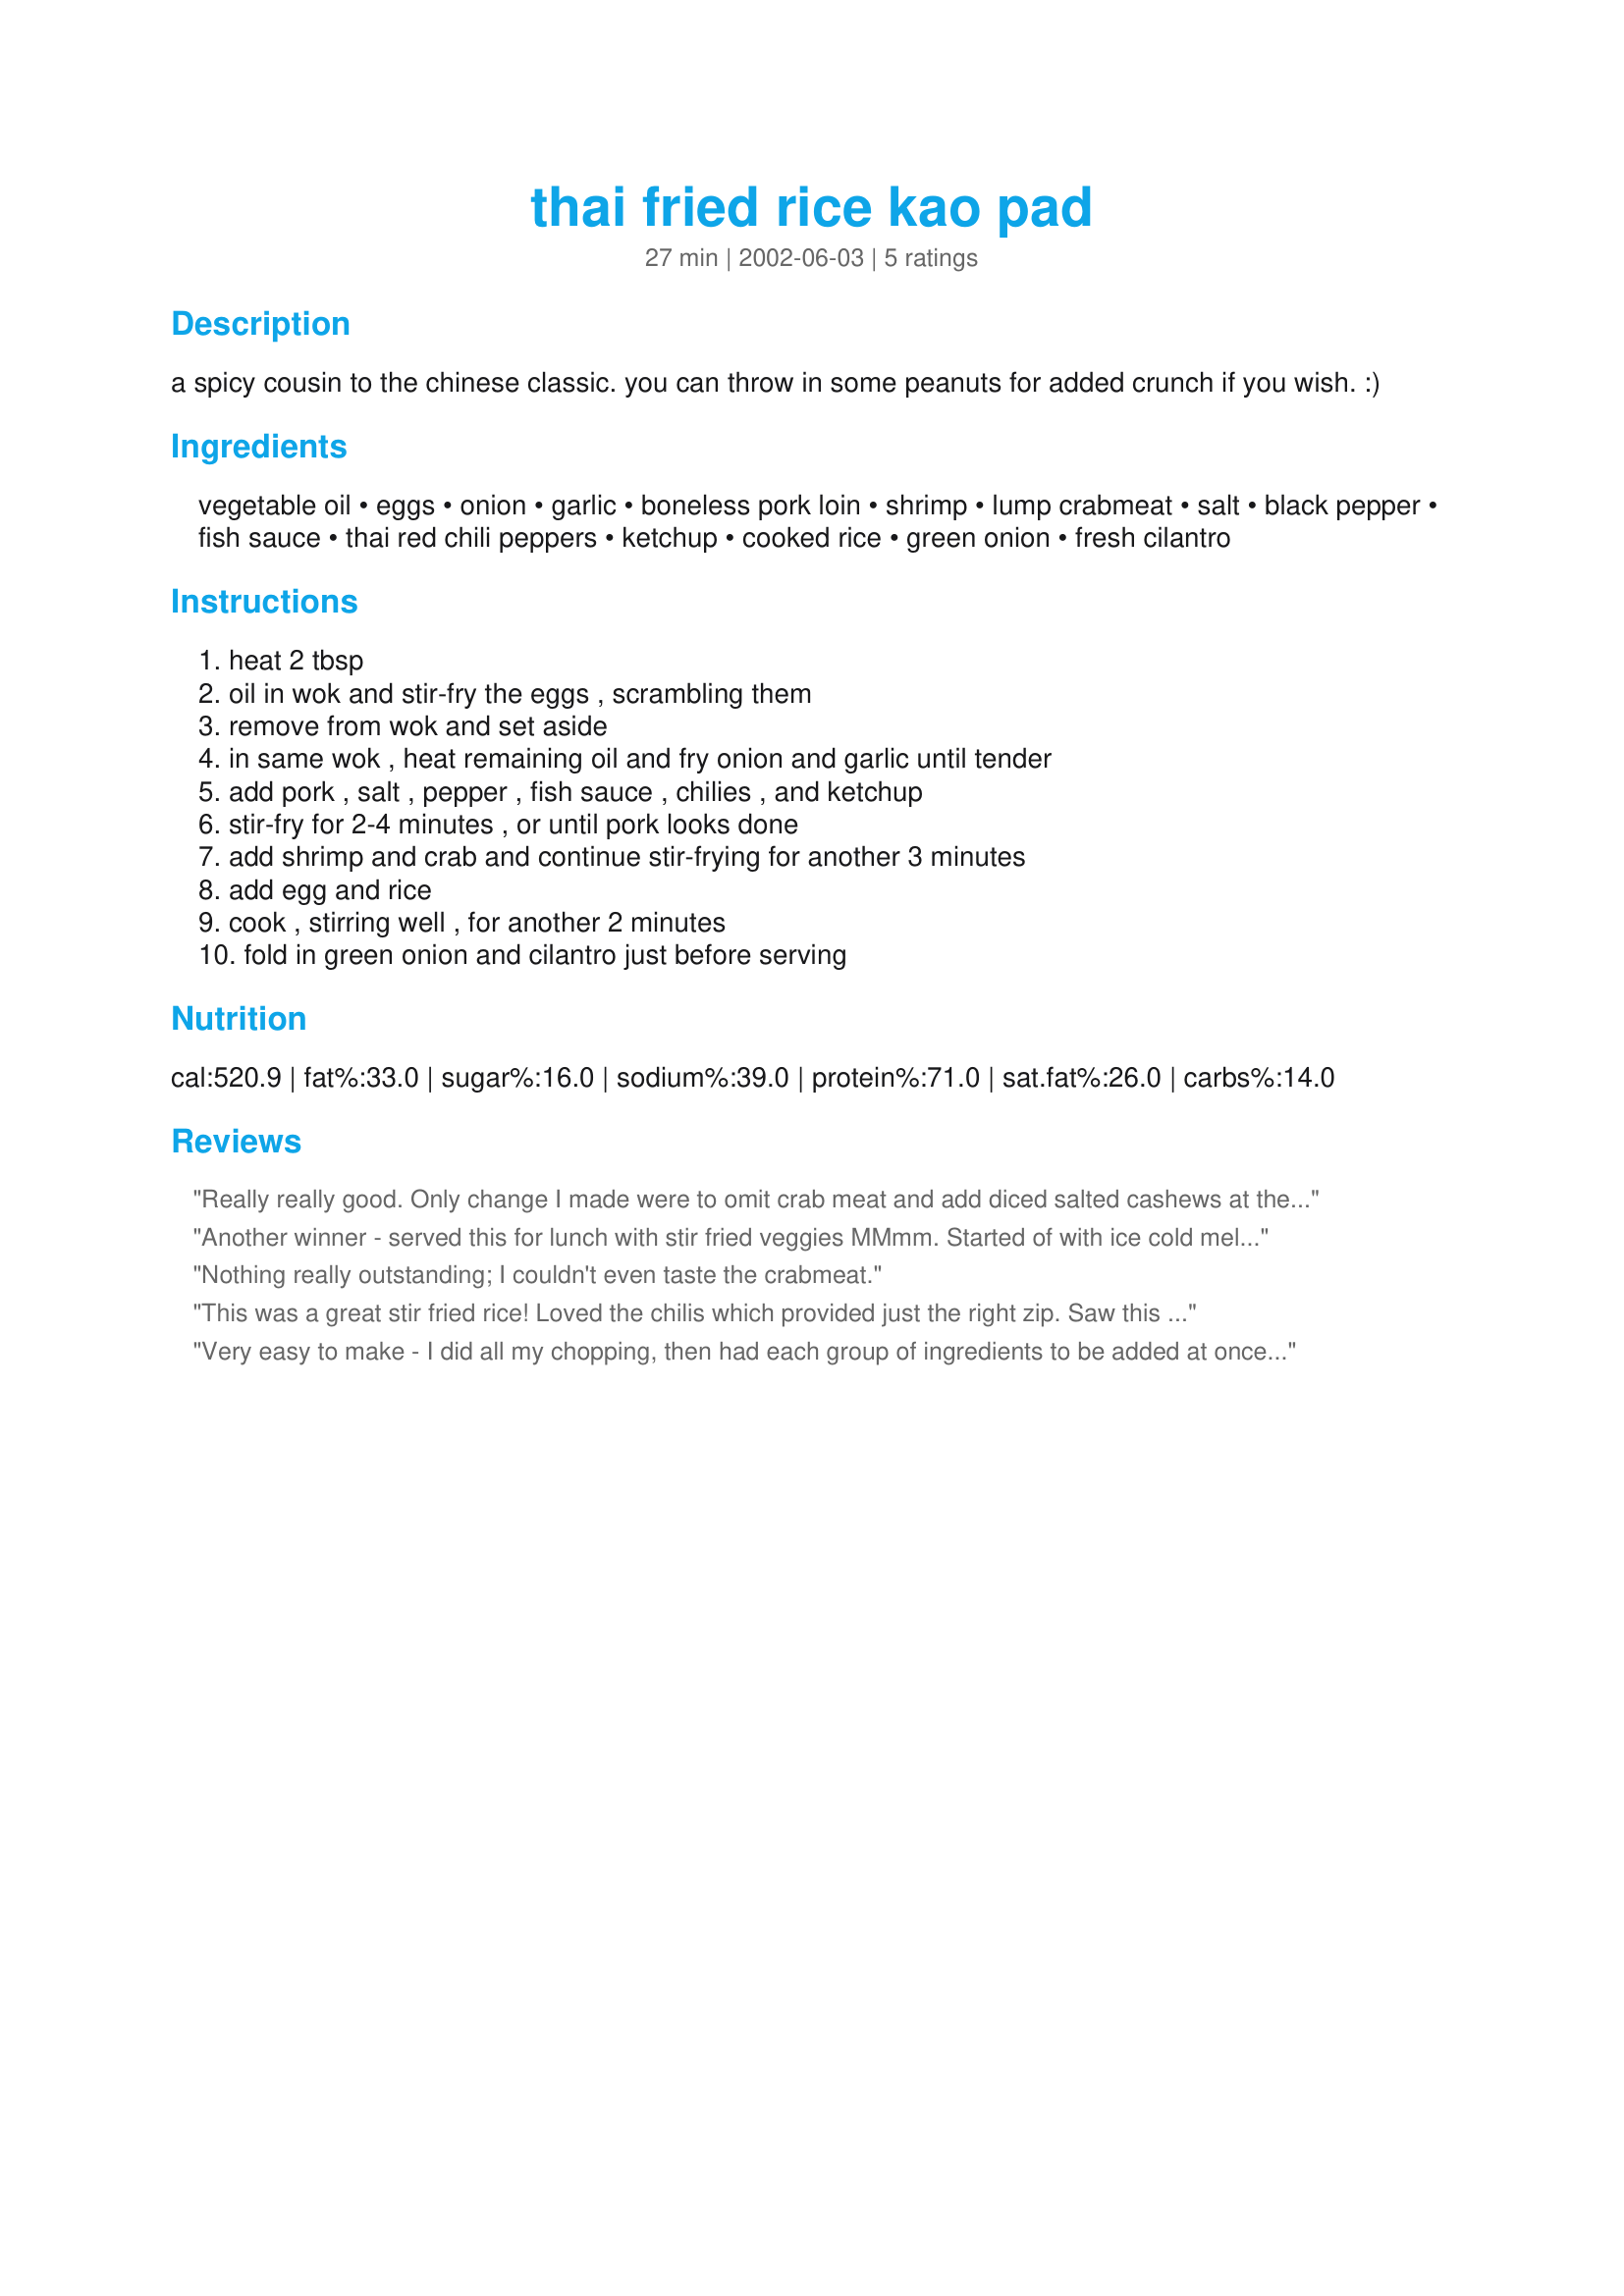
thai fried rice kao pad
Preparation time: 27 minutes

a spicy cousin to the chinese classic. you can throw in some peanuts for added crunch if you wish. :)

Ingredients:
vegetable oil, eggs, onion, garlic, boneless pork loin, shrimp, lump crabmeat, salt, black pepper, fish sauce, thai red chili peppers, ketchup, cooked rice, green onion, fresh cilantro

Steps:
heat 2 tbsp, oil in wok and stir-fry the eggs , scrambling them, remove from wok and set aside, in same wok , heat remaining oil and fry onion and garlic until tender, add pork , salt , pepper , fish sauce , chilies , and ketchup, stir-fry for 2-4 minutes , or until pork looks done, add shrimp and crab and continue stir-frying for another 3 minutes, add egg and rice, cook , stirring well , for another 2 minutes, fold in green onion and cilantro just before serving

Reviews:
Really really good. Only change I made were to omit crab meat and add diced salted cashews at the end. I LOVED it. And my honey did too! Can't wait to have some for lunch tomorrow. IT was spicy but just the right amount for me. Thanks for sharing, really good IMO, will definitely make it into the rotation
Another winner - served this for lunch with stir fried veggies MMmm. Started of with ice cold melon slices and ended the meal with chimese tea and custard tarts. I cut back on the cilantro and increased the heat to 6 chili peppers. Sue I do enjoy your recipes! Thanks
Nothing really outstanding; I couldn't even taste the crabmeat.
This was a great stir fried rice! Loved the chilis which provided just the right zip. Saw this reviewed today and was looking for a recipe to use left over teriyaki steak so I did make some subs. I halved the recipe and replaced all the meats with about 8 ounces of the steak, however, I left the sauce/ketchup mixture measurement the same (four Tbs alltogether). I used brown rice because that's all I had and added about 1/2 cup frozen peas at the end. The cilantro sealed the deal on this one. Can't wait to have the leftovers.
Very easy to make - I did all my chopping, then had each group of ingredients to be added at once in a single bowl. It didn't seem as though the fish sauce, ketchup, and peppers would add enough flavor, but I was suprised at how tasty it was - although the cilantro adds quite a bit of flavor as well. I added some extra peppers, and served it with soy sauce and Tabasco (although you don't need much, and I would make sure to try it before adding extra seasoning).
